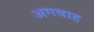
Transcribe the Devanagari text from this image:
अगवाह